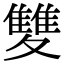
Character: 𩀱